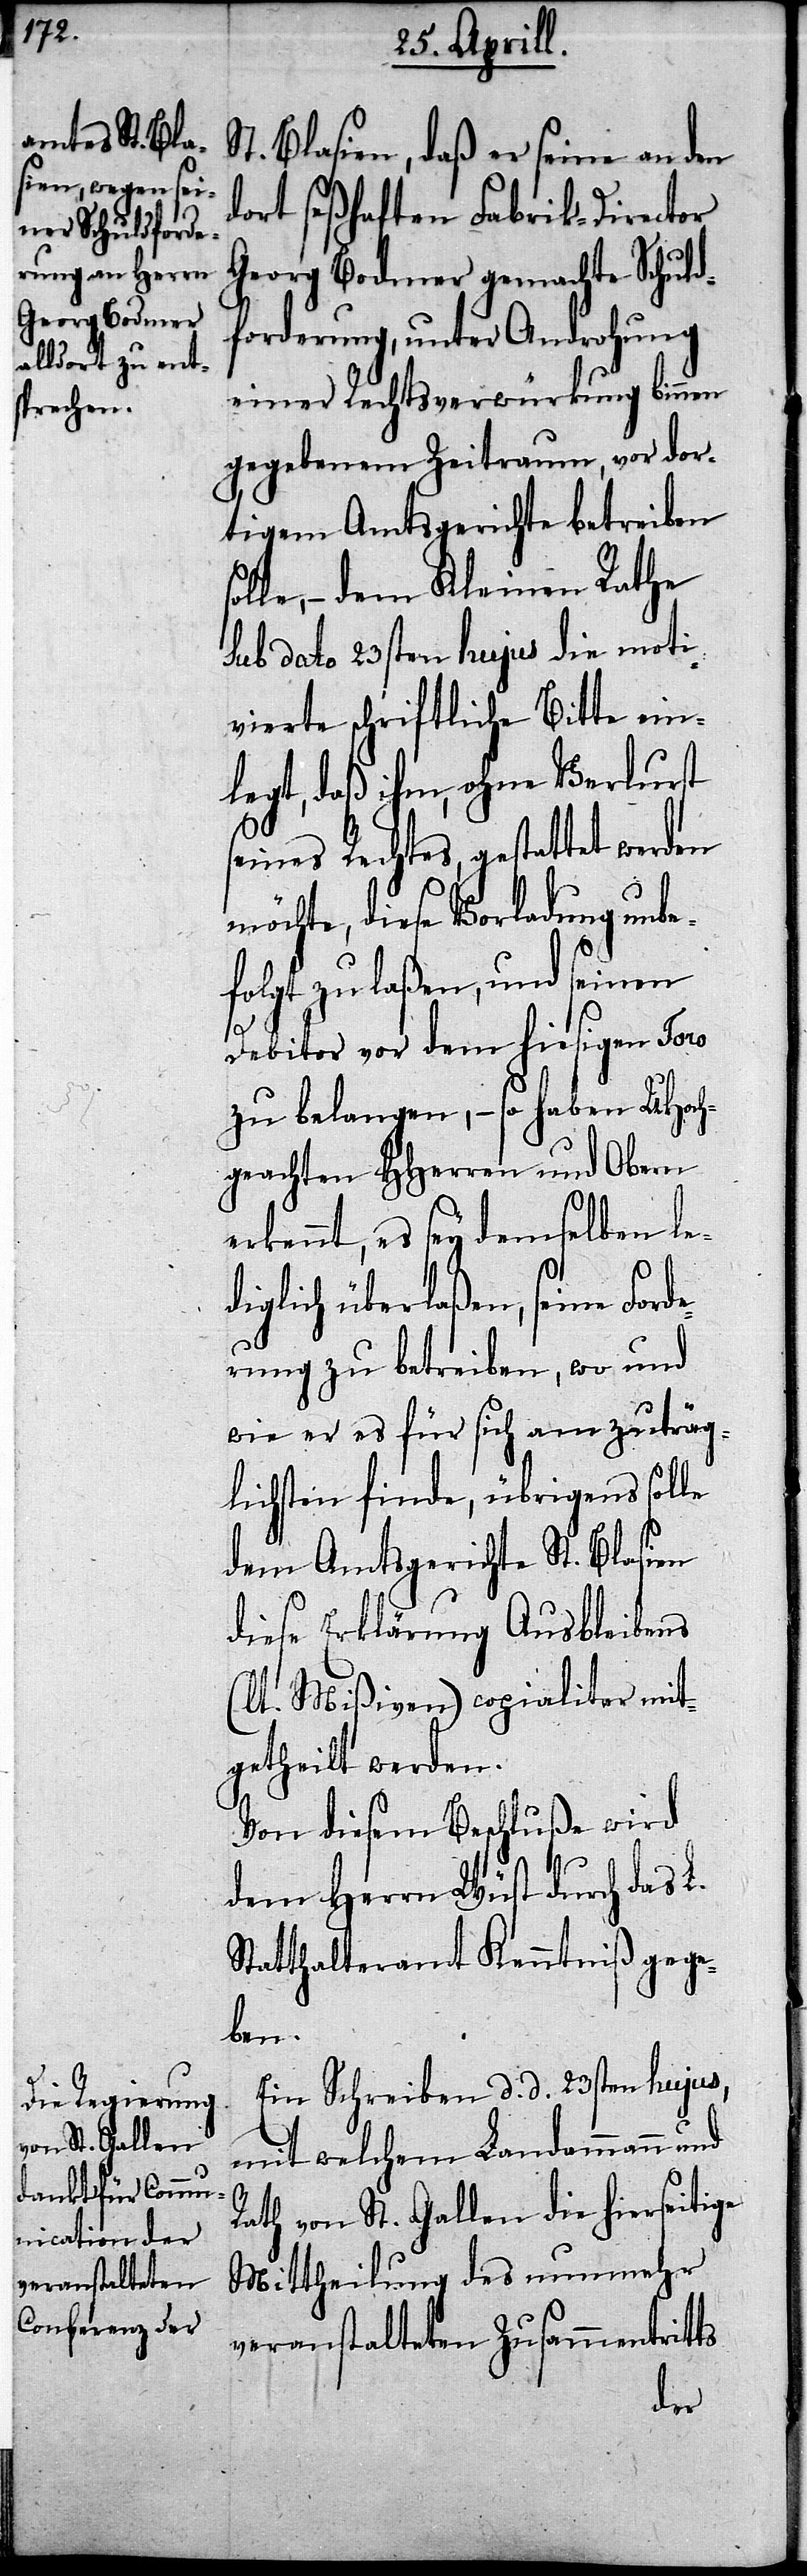
St. Blasien, daß er seine an den
t seßhaften Fabrik-Director
Georg Bodmer gemachte Schuld¬
forderung, unter Androhung
einer Rechtsverwürkung binnen
gegebenem Zeitraum, vor dor¬
tigem Amtsgerichte betreiben
solle,– dem Kleinen Rathe
sub dato 23sten hujus die moti¬
vierte schriftliche Bitte einge¬
legt, daß ihm, ohne Verlust
seines Rechtes, gestattet werden
möchte, diese Vorladung unbe¬
folgt zu laßen, und seinen
Debitor vor dem hiesigen Foro
zu belangen,– so haben UHoch¬
geachten HHerren und Obern
erkennt, es sey demselben le¬
diglich überlaßen, seine Ford¬
erung zu betreiben, wo und
wie er es für sich am zuträg¬
lichsten finde, übrigens solle
dem Amtsgerichte St. Blasien
diese Erklärung Ausbleibens
(lt. Mißiven) copialiter mit¬
getheilt werden.
Von diesem Beschluße wird
dem Herrn Wüst durch das L.
Statthalteramt Kenntniß gege¬
ben.
Ein Schreiben d. d. 23sten hujus,
mit welchem Landammann und
Rath von St. Gallen die hierseitige
Mittheilung des nunmehr
veranstalteten Zusammentritts
dor¬